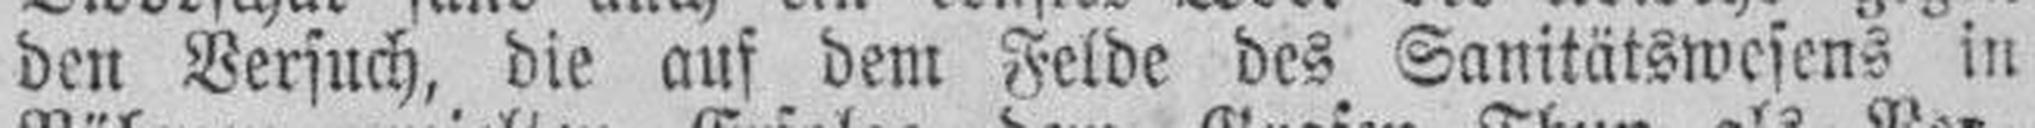
den Versuch, die auf dem Felde des Sanitätswesens in